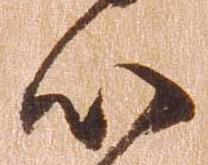
心